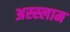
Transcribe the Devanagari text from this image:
अस्‍स्‍लाम